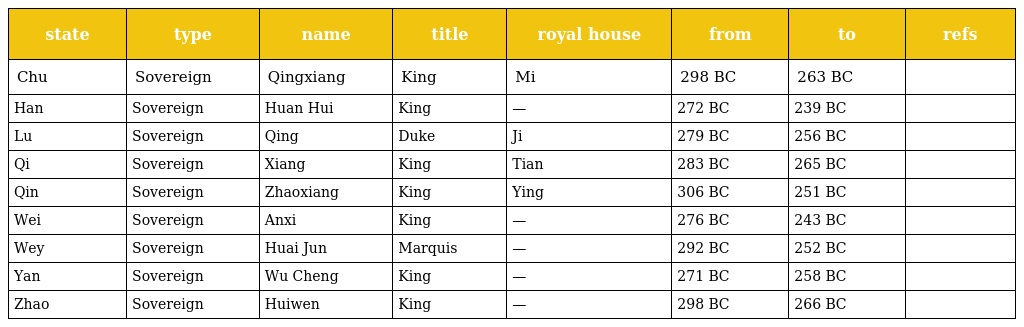
| state | type | name | title | royal house | from | to | refs |
 | --- | --- | --- | --- | --- | --- | --- | --- |
 | Chu | Sovereign | Qingxiang | King | Mi | 298 BC | 263 BC |  |
 | Han | Sovereign | Huan Hui | King | — | 272 BC | 239 BC |  |
 | Lu | Sovereign | Qing | Duke | Ji | 279 BC | 256 BC |  |
 | Qi | Sovereign | Xiang | King | Tian | 283 BC | 265 BC |  |
 | Qin | Sovereign | Zhaoxiang | King | Ying | 306 BC | 251 BC |  |
 | Wei | Sovereign | Anxi | King | — | 276 BC | 243 BC |  |
 | Wey | Sovereign | Huai Jun | Marquis | — | 292 BC | 252 BC |  |
 | Yan | Sovereign | Wu Cheng | King | — | 271 BC | 258 BC |  |
 | Zhao | Sovereign | Huiwen | King | — | 298 BC | 266 BC |  |